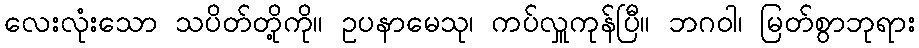
လေးလုံးသော သပိတ်တို့ကို။ ဥပနာမေသု၊ ကပ်လှူကုန်ပြီ။ ဘဂဝါ၊ မြတ်စွာဘုရား